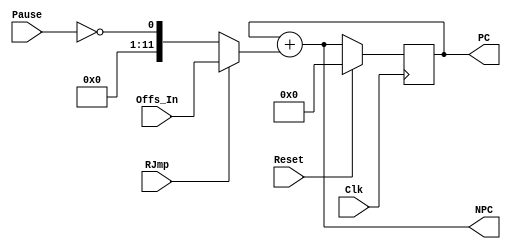
/*
 * Copyright 2018 MicroFPGA UG
 * Apache 2.0 License
 */

module mf8_pcs(Clk, Reset, Offs_In, Pause, RJmp, NPC, PC);
	input	Clk;
	input	Reset;
	input	[11:0]	Offs_In;
	input	Pause;
	input	RJmp;
	output	[11:0]	NPC;
	output	[11:0]	PC;

	reg 	[11:0]	PC_i;
	wire	[11:0]	NPC_i;
	wire	[11:0]	inc_or_nop;
	wire	[11:0]	real_offset;


	assign	NPC	= NPC_i;
	assign	PC	= PC_i;

	assign	inc_or_nop	= {11'b00000000000, ( ~Pause)};
	assign	real_offset	= (RJmp == 1'b0) ? (inc_or_nop)	: (Offs_In);
	assign	NPC_i	= PC_i + real_offset;

	always @(posedge Clk) begin
		if (Reset == 1'b1) begin
			PC_i	<= 12'b000000000000;
		end else begin
			PC_i	<= NPC_i;
		end
	end
endmodule